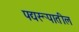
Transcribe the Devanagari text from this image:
पद्यरूपातील